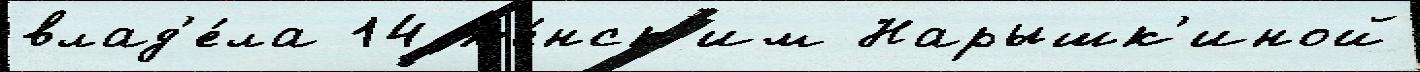
влад'е́ла 14 же́нск'им Нарышк'иной